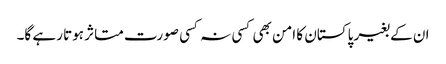
ان کے بغیر پاکستان کا امن بھی کسی نہ کسی صورت متاثر ہوتا رہے گا۔